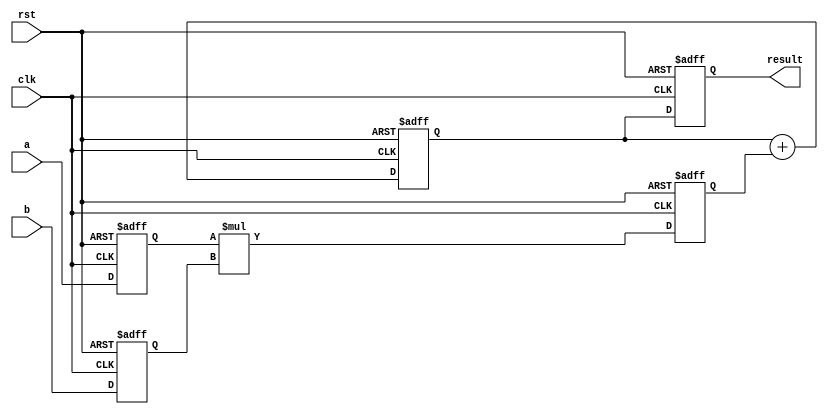
module multiplier (
    input wire clk,
    input wire rst,
    input wire [7:0] a,
    input wire [7:0] b,
    output reg [15:0] result
);

reg [7:0] input_reg_a;
reg [7:0] input_reg_b;
reg [15:0] mult_result;
reg [15:0] accumulator;

always @(posedge clk or posedge rst)
begin
    if (rst)
    begin
        input_reg_a <= 8'b0;
        input_reg_b <= 8'b0;
        mult_result <= 16'b0;
        accumulator <= 16'b0;
        result <= 16'b0;
    end
    else
    begin
        input_reg_a <= a;
        input_reg_b <= b;
        mult_result <= input_reg_a * input_reg_b;
        accumulator <= accumulator + mult_result;
        result <= accumulator;
    end
end

endmodule